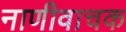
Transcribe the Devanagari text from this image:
नाणीवाचक